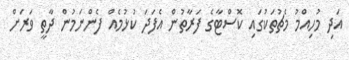
އަދި މުހިއްމު މެޗުތަކުގައި ކޮސްޓާގެ ފަރާތުން އެފަދަ ކުޅުމެއް ފެންނަމުން ދާތީ ވަރަށް